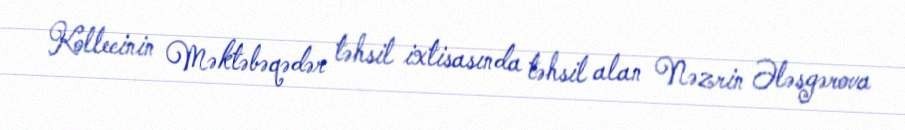
Kollecinin Məktəbəqədər təhsil ixtisasında təhsil alan Nəzrin Ələsgərova